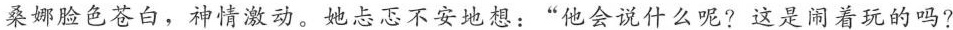
桑娜脸色苍白，神情激动。她忐忑不安地想：”他会说什么呢？这是闹着玩的吗？